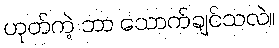
ဟုတ်ကဲ့ ဘာ သောက်ချင်သလဲ။